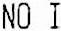
NO I